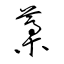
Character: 藁